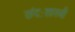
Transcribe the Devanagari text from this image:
छंदःशास्त्री